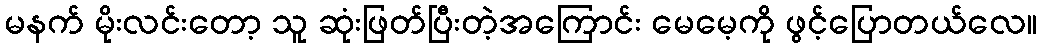
မနက် မိုးလင်းတော့ သူ ဆုံးဖြတ်ပြီးတဲ့အကြောင်း မေမေ့ကို ဖွင့်ပြောတယ်လေ။